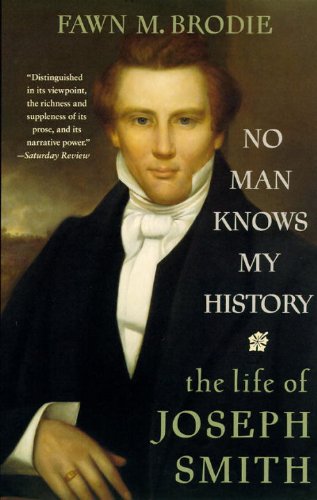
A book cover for No Man Knows My History: The Life of Joseph Smith; Fawn M. Brodie; Biographies & Memoirs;